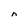
Character: n